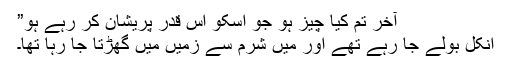
آخر تم کیا چیز ہو جو اسکو اس قدر پریشان کر رہے ہو”
انکل بولے جا رہے تھے اور میں شرم سے زمیں میں گھڑتا جا رہا تھا۔